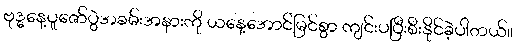
ဗုဒ္ဓနေ့ပူဇော်ပွဲအခမ်းအနားကို ယနေ့အောင်မြင်စွာ ကျင်းပပြီးစီးနိုင်ခဲ့ပါတယ်။